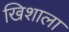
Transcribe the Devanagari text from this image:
खिशाला